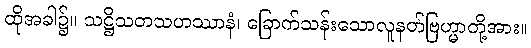
ထိုအခါ၌။ သဋ္ဌိသတသဟဿာနံ၊ ခြောက်သန်းသောလူနတ်ဗြဟ္မာတို့အား။